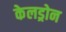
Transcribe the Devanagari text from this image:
केलड्रोन